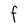
Character: F